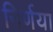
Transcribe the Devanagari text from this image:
निर्णया